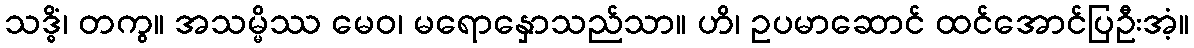
သဒ္ဓိံ၊ တကွ။ အသမ္မိဿ မေဝ၊ မရောနှောသည်သာ။ ဟိ၊ ဥပမာဆောင် ထင်အောင်ပြဦးအံ့။